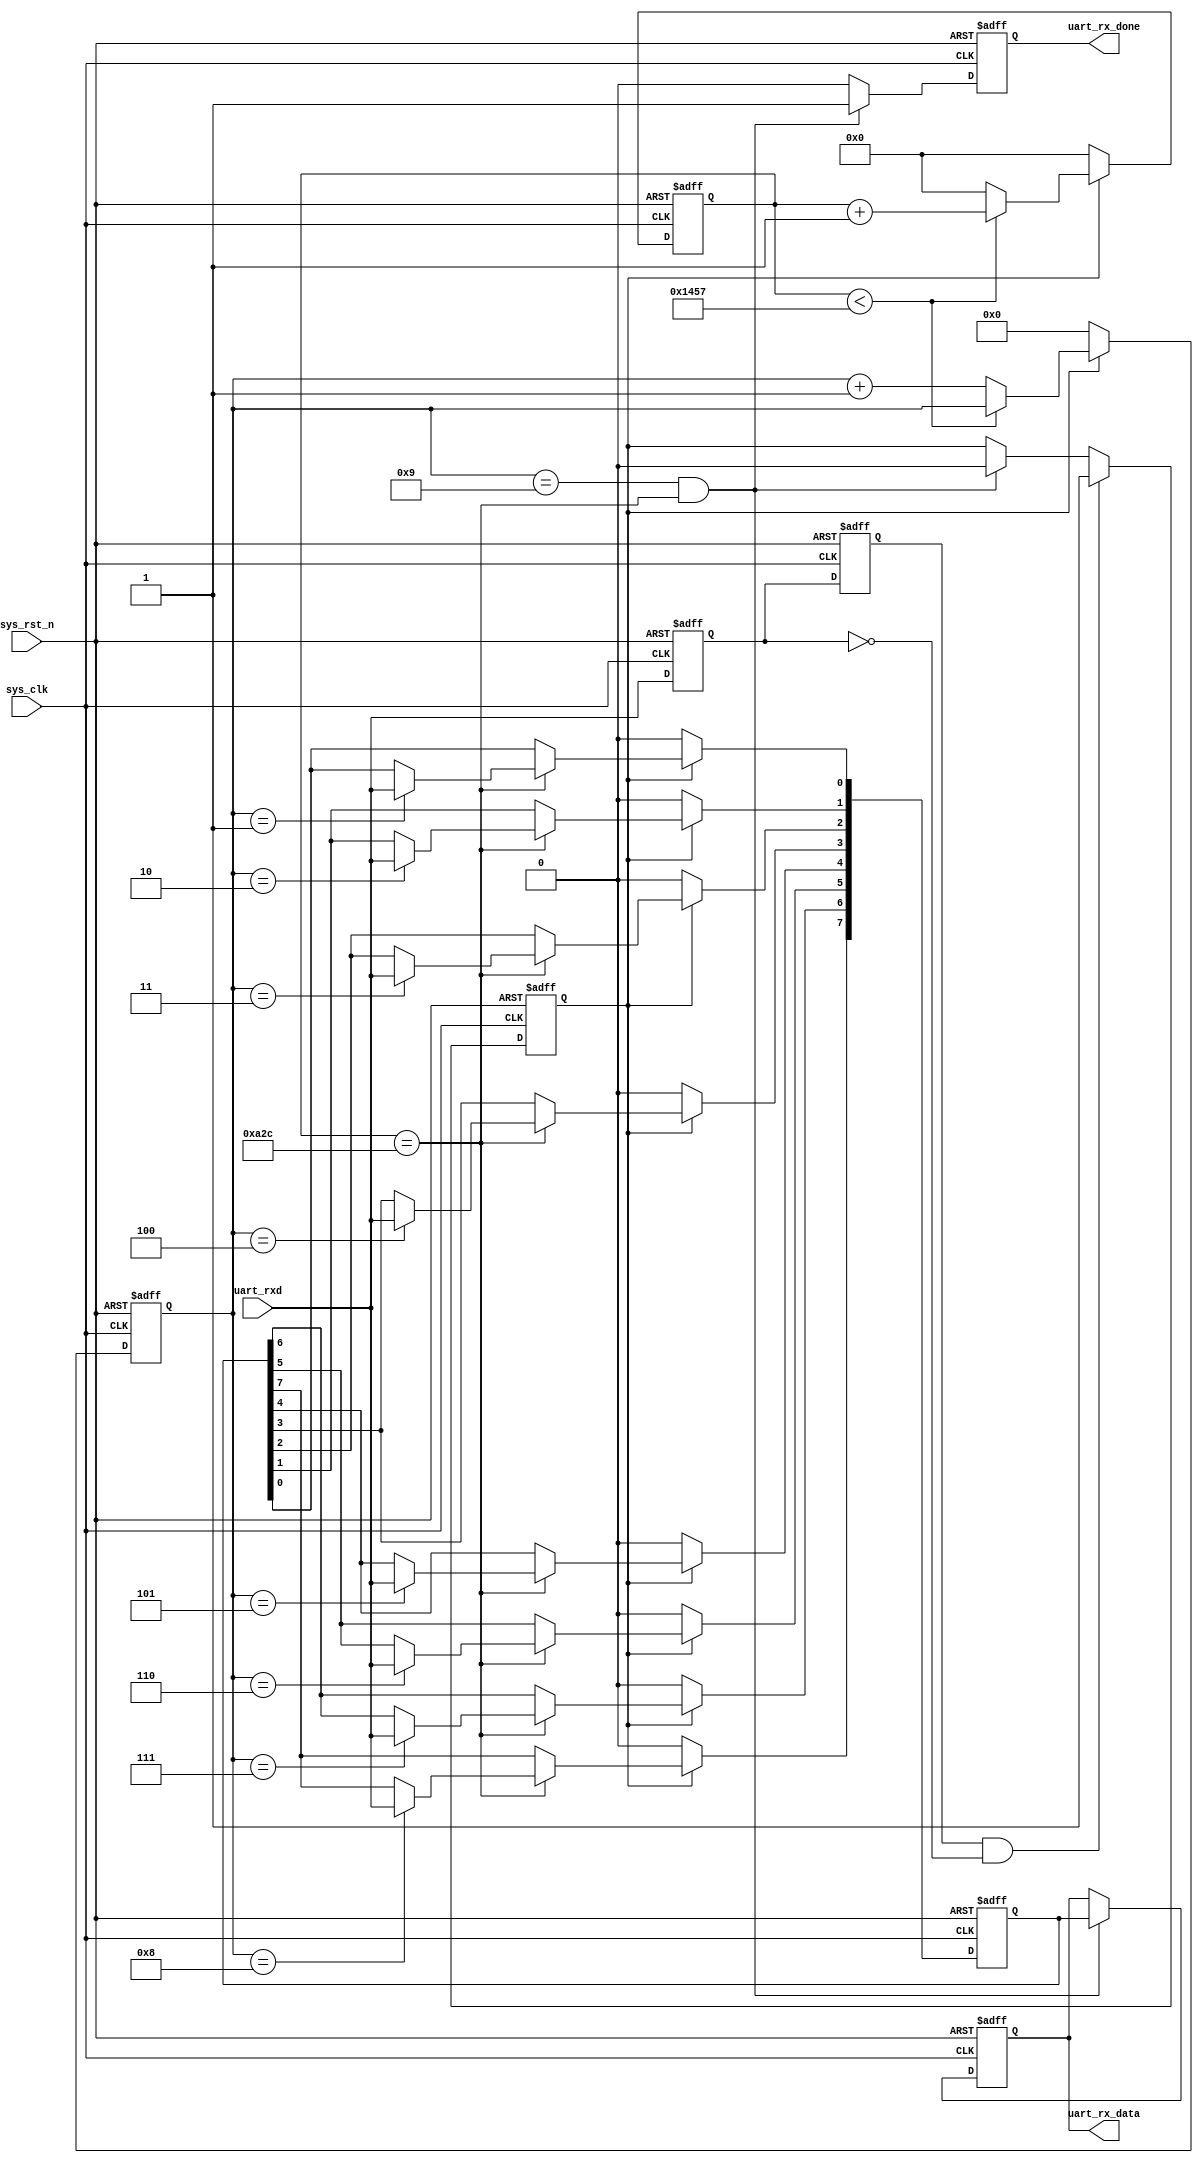
//
module uart_rx
#(
	parameter 			BPS		= 'd9_600		,	//
	parameter 			CLK_FRE	= 'd50_000_000		//
)	
(	
//
	input 				sys_clk			,			//50M
	input 				sys_rst_n		,			//
//UART	
	input 				uart_rxd		,			//
//	
	output reg 			uart_rx_done	,			//
	output reg [7:0]	uart_rx_data				//uart_rx_done
);
 
//bit
localparam	BPS_CNT = CLK_FRE / BPS;	
 
//reg define
reg 			uart_rx_d0		;					//1
reg 			uart_rx_d1		;					//2
reg [15:0]		clk_cnt			;					//bit
reg [3:0]  		bit_cnt			;					//bitbit
reg 			rx_en			;					//
reg [7:0]		uart_rx_data_reg;					//
//wire define				
wire 			neg_uart_rxd	;					//
 
//
assign	neg_uart_rxd = uart_rx_d1 & (~uart_rx_d0);
 
//12
always@(posedge sys_clk or negedge sys_rst_n)begin
	if(!sys_rst_n)begin
		uart_rx_d0 <= 1'b0;
		uart_rx_d1 <= 1'b0;
	end
	else begin
		uart_rx_d0 <= uart_rxd;
		uart_rx_d1 <= uart_rx_d0;
	end		
end
//09
always@(posedge sys_clk or negedge sys_rst_n)begin
	if(!sys_rst_n)
		rx_en <= 1'b0;
	else begin 
		if(neg_uart_rxd )								
			rx_en <= 1'b1;
		//9
		//--
		else if((bit_cnt == 4'd9) && (clk_cnt == BPS_CNT >> 1'b1))
			rx_en <= 1'b0;
		else 
			rx_en <= rx_en;			
	end
end
//BPS_CNT1
always@(posedge sys_clk or negedge sys_rst_n)begin
	if(!sys_rst_n)begin
		bit_cnt <= 4'd0;
		clk_cnt <= 16'd0;
	end
	else if(rx_en)begin					            			//
		if(clk_cnt < BPS_CNT - 1'b1)begin           			//bit
			clk_cnt <= clk_cnt + 1'b1;              			//+1
			bit_cnt <= bit_cnt;                     			//bit
		end                                         			
		else begin                                  			//bit	
			clk_cnt <= 16'd0;                       			//
			bit_cnt <= bit_cnt + 1'b1;              			//bit+1bit
		end                                         			
	end                                             			
		else begin                                  			//
			bit_cnt <= 4'd0;                        			//
			clk_cnt <= 16'd0;                       			//
		end		
end
//
always@(posedge sys_clk or negedge sys_rst_n)begin
	if(!sys_rst_n)
		uart_rx_data_reg <= 8'd0;                            	//
	else if(rx_en)                                           	//
		if(clk_cnt == BPS_CNT >> 1'b1) begin                 	//
			case(bit_cnt)			                         	//
				4'd1:uart_rx_data_reg[0] <= uart_rxd;        	//LSB
				4'd2:uart_rx_data_reg[1] <= uart_rxd;        	//
				4'd3:uart_rx_data_reg[2] <= uart_rxd;        	//
				4'd4:uart_rx_data_reg[3] <= uart_rxd;        	//
				4'd5:uart_rx_data_reg[4] <= uart_rxd;        	//
				4'd6:uart_rx_data_reg[5] <= uart_rxd;        	//
				4'd7:uart_rx_data_reg[6] <= uart_rxd;        	//
				4'd8:uart_rx_data_reg[7] <= uart_rxd;        	//MSB
				default:;                                    	//19
			endcase                                          	
		end                                                  	
		else                                                 	//
			uart_rx_data_reg <= uart_rx_data_reg;            
	else
		uart_rx_data_reg <= 8'd0;								//
end	
//
always@(posedge sys_clk or negedge sys_rst_n)begin
	if(!sys_rst_n)begin
		uart_rx_done <= 1'b0;
		uart_rx_data <= 8'd0;
	end	
	//
	else if(bit_cnt == 4'd9 && (clk_cnt == BPS_CNT >> 1'd1))begin	
		uart_rx_done <= 1'b1;									//
		uart_rx_data <= uart_rx_data_reg;					
	end							
	else begin					
		uart_rx_done <= 1'b0;									//
		uart_rx_data <= uart_rx_data;
	end
end
endmodule